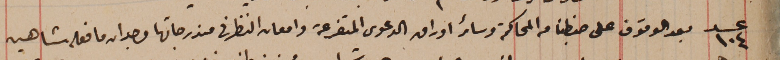
عدد ١٠٤ بعد الوقوف على ضبطنا من المحاكمة وسائر اوراق الدعوى المتفرعة وامعنا النظر فى مندرجاتها وجد ان ما فعله شاهين